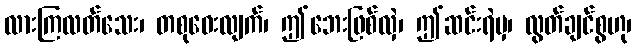
လားကြလတ်သေး၊ တစုဝေးလျက်၊ ဤဘေးဖြစ်လှဲ၊ ဤဆင်းရဲမှ၊ လွတ်ချင်စွဟု၊